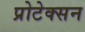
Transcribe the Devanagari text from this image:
प्रोटेक्सन